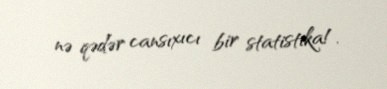
nə qədər cansıxıcı bir statistika!.